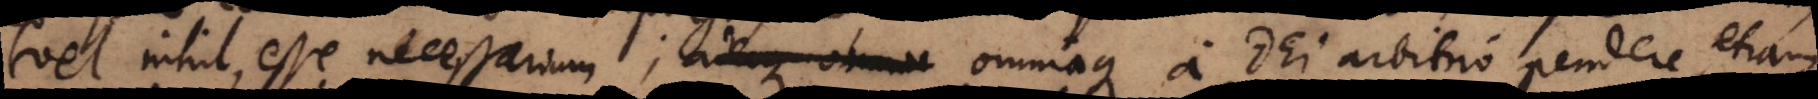
vel nihil esse necessarium; adeoque omnia omniaque a Dei arbitrio pendere, etiam